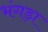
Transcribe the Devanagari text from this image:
भंगड़ा